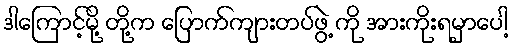
ဒါကြောင့်မို့ တို့က ပြောက်ကျားတပ်ဖွဲ့ ကို အားကိုးရမှာပေါ့